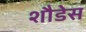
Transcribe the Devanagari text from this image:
शौडेस